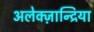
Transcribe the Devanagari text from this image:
अलेक्ज़ान्द्रिया